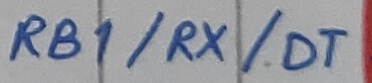
Text: RB1/RX/DT